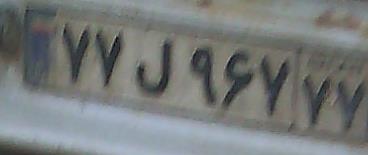
۷۷ل۹۶۷۷۷